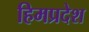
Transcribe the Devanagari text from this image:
हिमप्रदेश